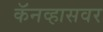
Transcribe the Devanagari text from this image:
कॅनव्हासवर